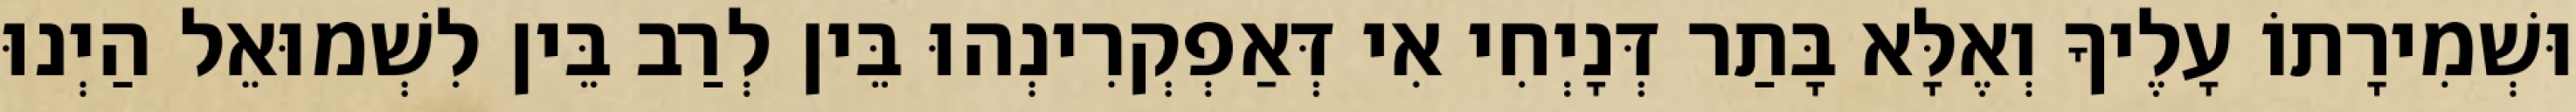
וּשְׁמִירָתוֹ עָלֶיךָ וְאֶלָּא בָּתַר דְּנָיְחִי אִי דְּאַפְקְרִינְהוּ בֵּין לְרַב בֵּין לִשְׁמוּאֵל הַיְנוּ